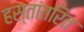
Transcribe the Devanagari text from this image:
हस्‍तांतरित